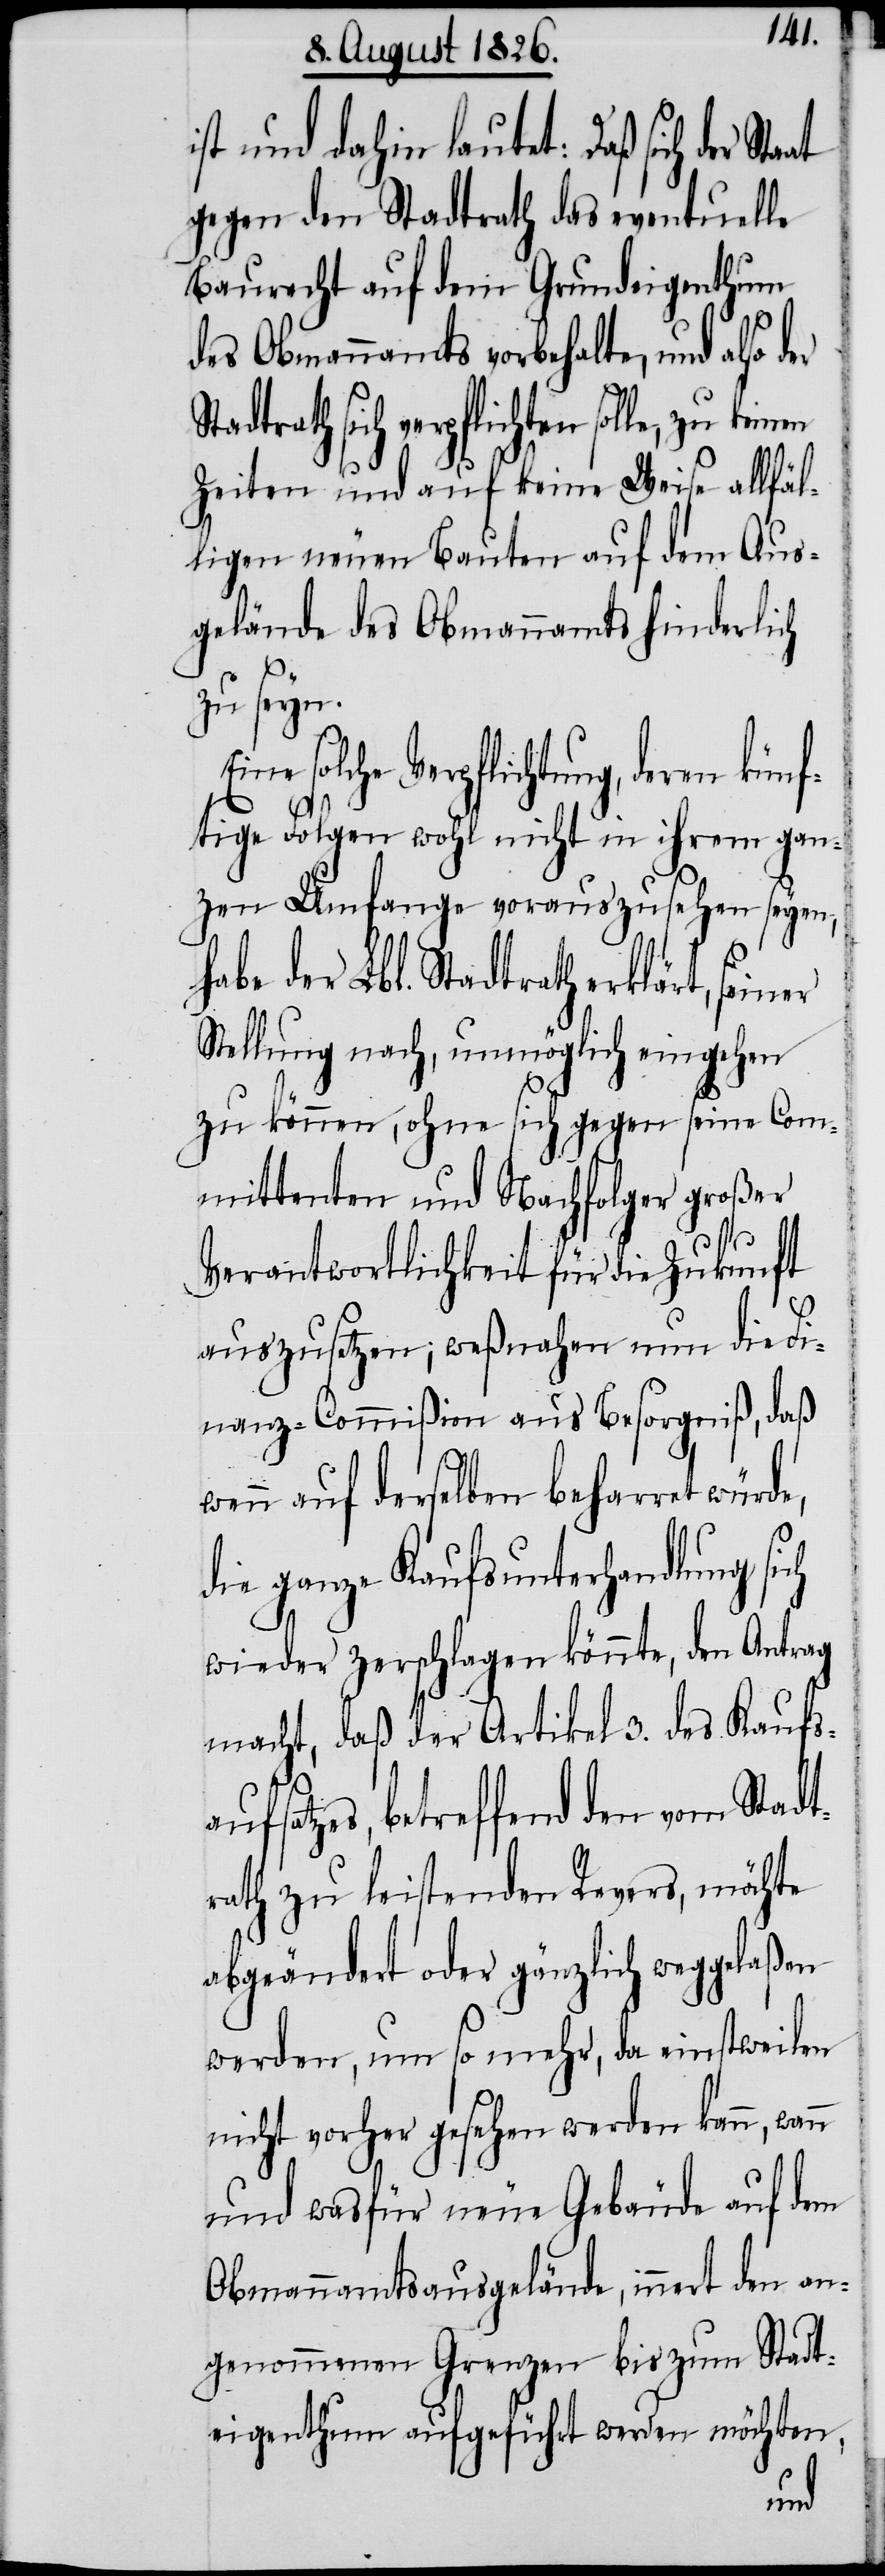
aat
ist und dahin lautet: Daß sich der St¬
gegen den Stadtrath das eventuelle
Baurecht auf dem Grundeigenthum
des Obmannamts vorbehalten, und also der
Zeiten und auf keine Weise allfäl¬
ligen neuen Bauten auf dem Aus¬
gelände des Obmannamts hinderlich
zu seyn.
solche Verpflichtung, deren künf¬
tige Folgen wohl nicht in ihrem gan¬
zen Umfange vorauszusehen seyen,
habe der Lbl. Stadtrath erklärt, se¬
Stellung nach unmöglich eingehen
zu können, ohne sich gegen seine Com¬
mittenten und Nachfolger großer
Verantwortlichkeit für die Zukunft
auszusetzen; weßnahen nun die Fi¬
nanz-Commißion aus Besorgniß, daß
wenn auf derselben beharret würde,
die ganze Kaufsunterhandlung sich
wieder zerschlagen könnte, den Antrag
macht, daß der Artikel 3. des Kaufs¬
aufsatzes, betreffend den vom Stadt¬
rath zu leistenden Revers, möchte
abgeändert oder gänzlich weggelaßen
werden, um so mehr, da einstweilen
nicht vorher gesehen werden kann, wann
und was für neue Gebäude auf dem
Obmannamtsausgelände, innert den an¬
genommenen Grenzen bis zum Stadt¬
eigenthum aufgeführt werden möchten,
iner